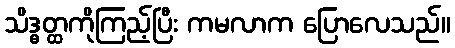
သိဒ္ဓတ္ထကိုကြည့်ပြီး ကမလာက ပြောလေသည်။